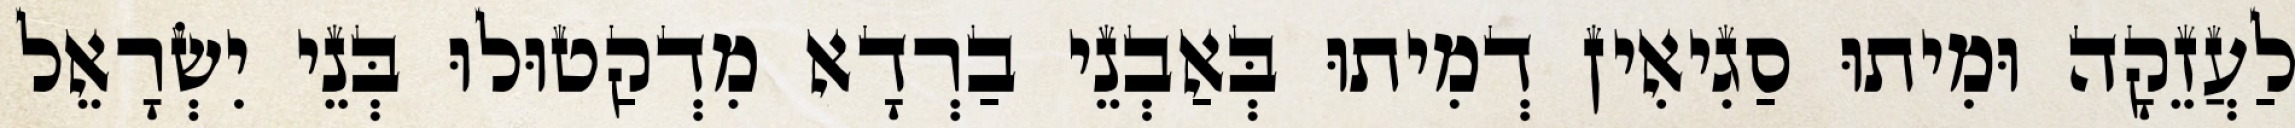
לַעֲזֵקָה וּמִיתוּ סַגִיאִין דְמִיתוּ בְּאַבְנֵי בַרְדָא מִדְקַטוּלוּ בְּנֵי יִשְׂרָאֵל